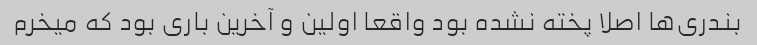
بندری‌ها اصلا پخته نشده بود واقعا اولین و آخرین باری بود که میخرم